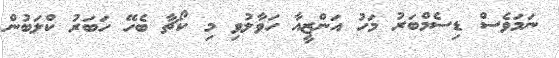
ނަމަވެސް ޑިސެމްބަރު މަހު އަންޒީއާ ހަވާލުވި މި ކޯޗާ ބެހޭ ހަބަރު ކްލަބުން